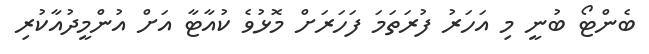
ބެންޓޯ ބުނީ މި އަހަރު ފުރަތަމަ ފަހަރަށް މޮޅުވެ ކުއާޓާ އަށް އުންމީދުއާކުރި